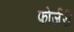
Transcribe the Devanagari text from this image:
फोर्जरी